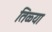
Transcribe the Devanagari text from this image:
तिळ्या